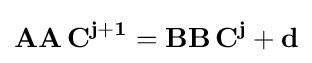
\mathbf {AA} \,\mathbf {C^{j+1}} =\mathbf {BB} \,\mathbf {C^{j}} +\mathbf {d}